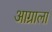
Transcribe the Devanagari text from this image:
आग्राला